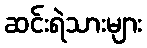
ဆင်းရဲသားများ